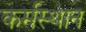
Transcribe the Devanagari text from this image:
कर्मस्थान